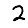
Digit: 2